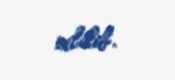
edilib.